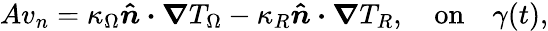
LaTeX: Av_{n}=\kappa_{\Omega}\boldsymbol{\hat{n}\cdot\nabla}T_{\Omega}-\kappa_{R}\boldsymbol{\hat{n}\cdot\nabla}T_{R},\quad\mathrm{on}\quad\gamma(t),